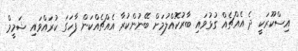
އިސްކޫރަކީ ދެ އެއްޗެއް ގުޅުވައި ބާރުކޮއްލުމަށް ބޭނުންކުރާ އެއްޗެއްކަން ފާހަގަ ކުރައްވައި ޝަމީމް